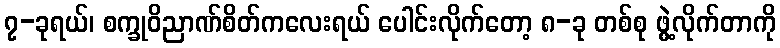
၇-ခုရယ်၊ စက္ခုဝိညာဏ်စိတ်ကလေးရယ် ပေါင်းလိုက်တော့ ၈-ခု တစ်စု ဖွဲ့လိုက်တာကို